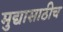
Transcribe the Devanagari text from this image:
मुद्यासाठीच